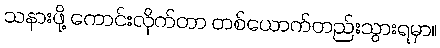
သနားဖို့ ကောင်းလိုက်တာ တစ်ယောက်တည်းသွားရမှာ။